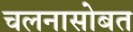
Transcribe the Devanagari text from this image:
चलनासोबत